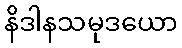
နိဒါနသမုဒယော